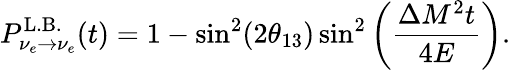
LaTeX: P_{\nu_{e}\rightarrow\nu_{e}}^{\mathrm{L.B.}}(t)=1-\sin^{2}(2\theta_{13})\sin^{2}\left(\frac{\Delta M^{2}t}{4E}\right).